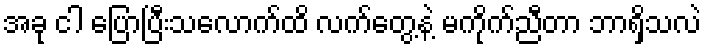
အခု ငါ ပြောပြီးသလောက်ထိ လက်တွေ့နဲ့ မကိုက်ညီတာ ဘာရှိသလဲ